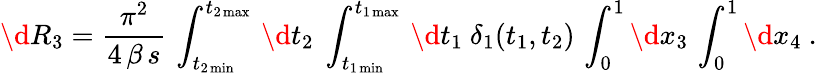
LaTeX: \d R_{3}=\frac{\pi^{2}}{4\, \beta\, s}\, \int_{t_{2\operatorname*{min}}}^{t_{2\operatorname*{max}}}\, \d t_{2}\ \int_{t_{1\operatorname*{min}}}^{t_{1\operatorname*{max}}}\, \d t_{1}\ \delta_{1}(t_{1},t_{2})\, \int_{0}^{1}\d x_{3}\, \int_{0}^{1}\d x_{4}\ .